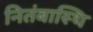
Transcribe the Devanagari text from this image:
नितंबास्थि